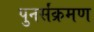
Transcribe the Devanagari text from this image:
पुनर्संक्रमण